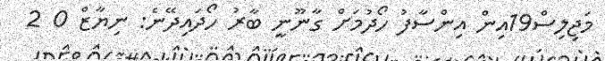
މަޖިިލިސް19އިން އިންސާފު ހޯދުމަށް ގާނޫނީ ބާރު ހޯދައިދޭނެ: ނިޔާޒް 0 2